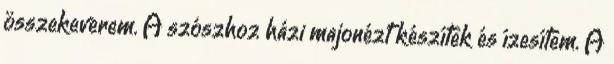
összekeverem. A szószhoz házi majonézt készítek és ízesítem. A